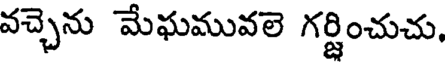
వచ్చెను మేఘమువలె గర్జించుచు,